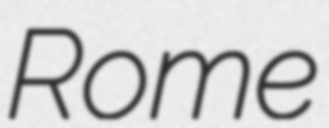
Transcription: Rome